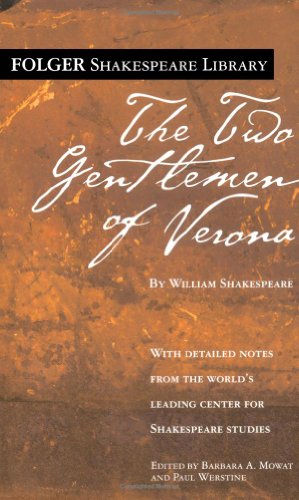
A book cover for The Two Gentlemen of Verona (Folger Shakespeare Library); William Shakespeare; Literature & Fiction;